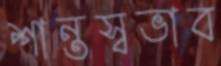
শান্তস্বভাব